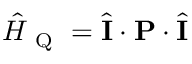
\hat { H } _ { \mathrm { ~ Q ~ } } = \hat { \mathbf { I } } \cdot \mathbf { P } \cdot \hat { \mathbf { I } }